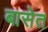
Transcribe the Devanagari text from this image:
बासेत